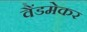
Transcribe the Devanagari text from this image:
वैंडमेकर